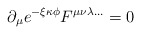
\begin{align*}\partial_{\mu} e^{- \xi \kappa \phi} F^{\mu\nu\lambda \ldots} = 0\end{align*}